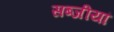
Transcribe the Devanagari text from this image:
सब्जीयां